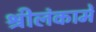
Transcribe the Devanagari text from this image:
श्रीलंकामें